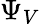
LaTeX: \Psi_{V}